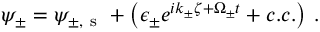
\psi _ { \pm } = \psi _ { \pm , \mathrm { ~ s ~ } } + \left( \epsilon _ { \pm } e ^ { i k _ { \pm } \zeta + \Omega _ { \pm } t } + c . c . \right) \, .